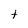
Character: t